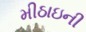
મીઠાઇની